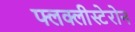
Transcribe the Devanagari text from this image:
फ्लक्लीस्टेरोन